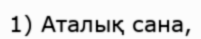
1) Аталық сана,